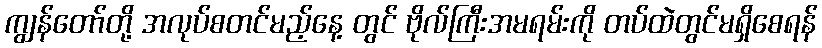
ကျွန်တော်တို့ အလုပ်စတင်မည့်နေ့ တွင် ဗိုလ်ကြီးအမရမ်းကို တပ်ထဲတွင်မရှိစေရန်